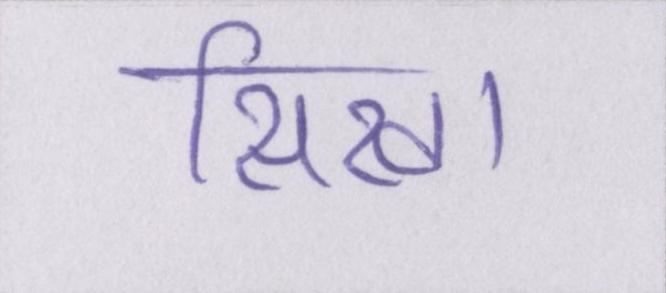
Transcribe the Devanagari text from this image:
सिखा